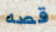
قصه